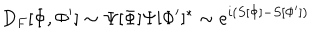
D _ { F } [ \Phi , \Phi ^ { \prime } ] \sim \Psi [ \Phi ] \Psi [ \Phi ^ { \prime } ] ^ { * } \sim e ^ { i ( S [ \Phi ] - S [ \Phi ^ { \prime } ] ) }